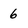
Character: 6